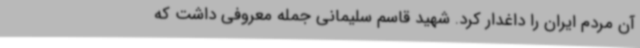
آن مردم ایران را داغدار کرد. شهید قاسم سلیمانی جمله معروفی داشت که